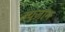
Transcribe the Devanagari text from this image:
क्युज़ोन